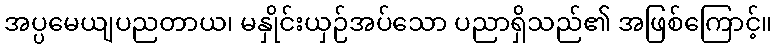
အပ္ပမေယျပညတာယ၊ မနှိုင်းယှဉ်အပ်သော ပညာရှိသည်၏ အဖြစ်ကြောင့်။